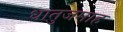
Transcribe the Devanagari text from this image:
धातुजमाह